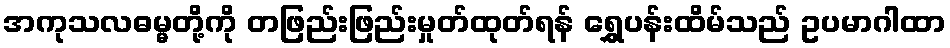
အကုသလဓမ္မတို့ကို တဖြည်းဖြည်းမှုတ်ထုတ်ရန် ရွှေပန်းထိမ်သည် ဥပမာဂါထာ